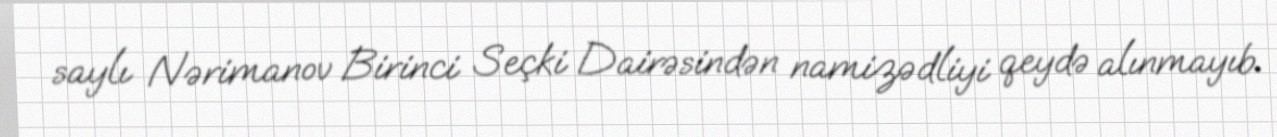
saylı Nərimanov Birinci Seçki Dairəsindən namizədliyi qeydə alınmayıb.